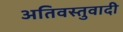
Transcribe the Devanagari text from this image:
अतिवस्तुवादी